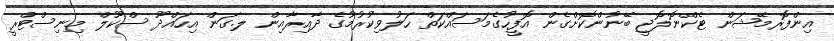
އިންފޮރމޭޝަން ޓެކްނޮލޮޖީ ބޭނުންކޮށްގެން އޮފީހުގެމަސައްކަތް ހަލުވިކުރުމުގެ ދާއިރާއިން ލ.ގަން އިހައްދޫ ސްކޫލް މިނިސްޓްރީ